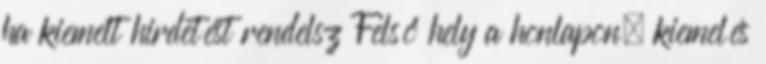
ha kiemelt hirdetést rendelsz Felső hely a honlapon, kiemelés